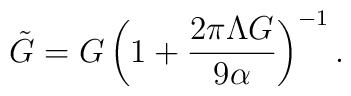
\tilde{G}=G\left( 1+\frac{2\pi \Lambda G}{9\alpha }\right) ^{-1}.